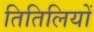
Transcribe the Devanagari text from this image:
तितिलियों